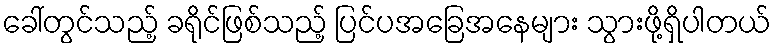
ခေါ်တွင်သည့် ခရိုင်ဖြစ်သည့် ပြင်ပအခြေအနေများ သွားဖို့ရှိပါတယ်